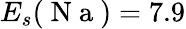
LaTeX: E_{s}(\mathrm{~N~a~})=7.9